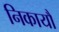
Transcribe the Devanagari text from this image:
निकायौं